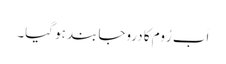
اَب رُوم کا دروجا بند ہو گیا۔